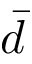
\bar { d }